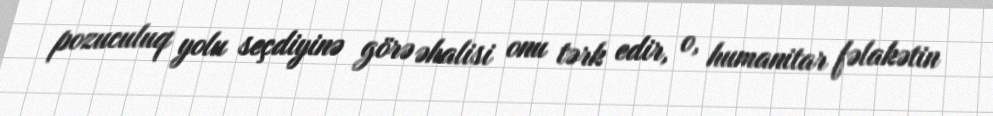
pozuculuq yolu seçdiyinə görə əhalisi onu tərk edir, o, humanitar fəlakətin